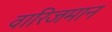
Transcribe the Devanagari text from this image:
वारिजमान